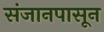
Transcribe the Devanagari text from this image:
संजानपासून